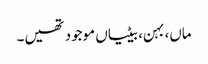
ماں، بہن، بیٹیاں موجود تھیں۔